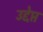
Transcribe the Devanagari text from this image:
उद्देप्त